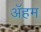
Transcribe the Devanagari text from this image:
ॲहम